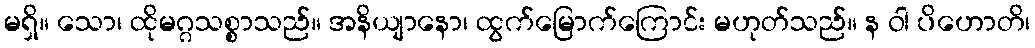
မရှိ။ သော၊ ထိုမဂ္ဂသစ္စာသည်။ အနိယျာနော၊ ထွက်မြောက်ကြောင်း မဟုတ်သည်။ န ဝါ ပိဟောတိ၊